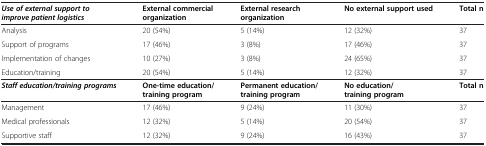
<table><thead><tr><td><b><i>Use of external support to improve patient logistics</i></b></td><td><b>External commercial organization</b></td><td><b>External research organization</b></td><td><b>No external support used</b></td><td><b>Total n</b></td></tr></thead><tbody><tr><td>Analysis</td><td>20 (54%)</td><td>5 (14%)</td><td>12 (32%)</td><td>37</td></tr><tr><td>Support of programs</td><td>17 (46%)</td><td>3 (8%)</td><td>17 (46%)</td><td>37</td></tr><tr><td>Implementation of changes</td><td>10 (27%)</td><td>3 (8%)</td><td>24 (65%)</td><td>37</td></tr><tr><td>Education/training</td><td>20 (54%)</td><td>5 (14%)</td><td>12 (32%)</td><td>37</td></tr><tr><td><b><i>Staff education/training programs</i></b></td><td><b>One-time education/training program</b></td><td><b>Permanent education/training program</b></td><td><b>No education/training program</b></td><td><b>Total n</b></td></tr><tr><td>Management</td><td>17 (46%)</td><td>9 (24%)</td><td>11 (30%)</td><td>37</td></tr><tr><td>Medical professionals</td><td>12 (32%)</td><td>5 (14%)</td><td>20 (54%)</td><td>37</td></tr><tr><td>Supportive staff</td><td>12 (32%)</td><td>9 (24%)</td><td>16 (43%)</td><td>37</td></tr></tbody></table>